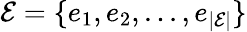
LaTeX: \mathcal{E}=\{ e_{1},e_{2},...,e_{|\mathcal{E}|}\}